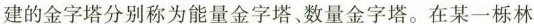
建的金字塔分别称为能量金字塔、数量金字塔。在某一栎林